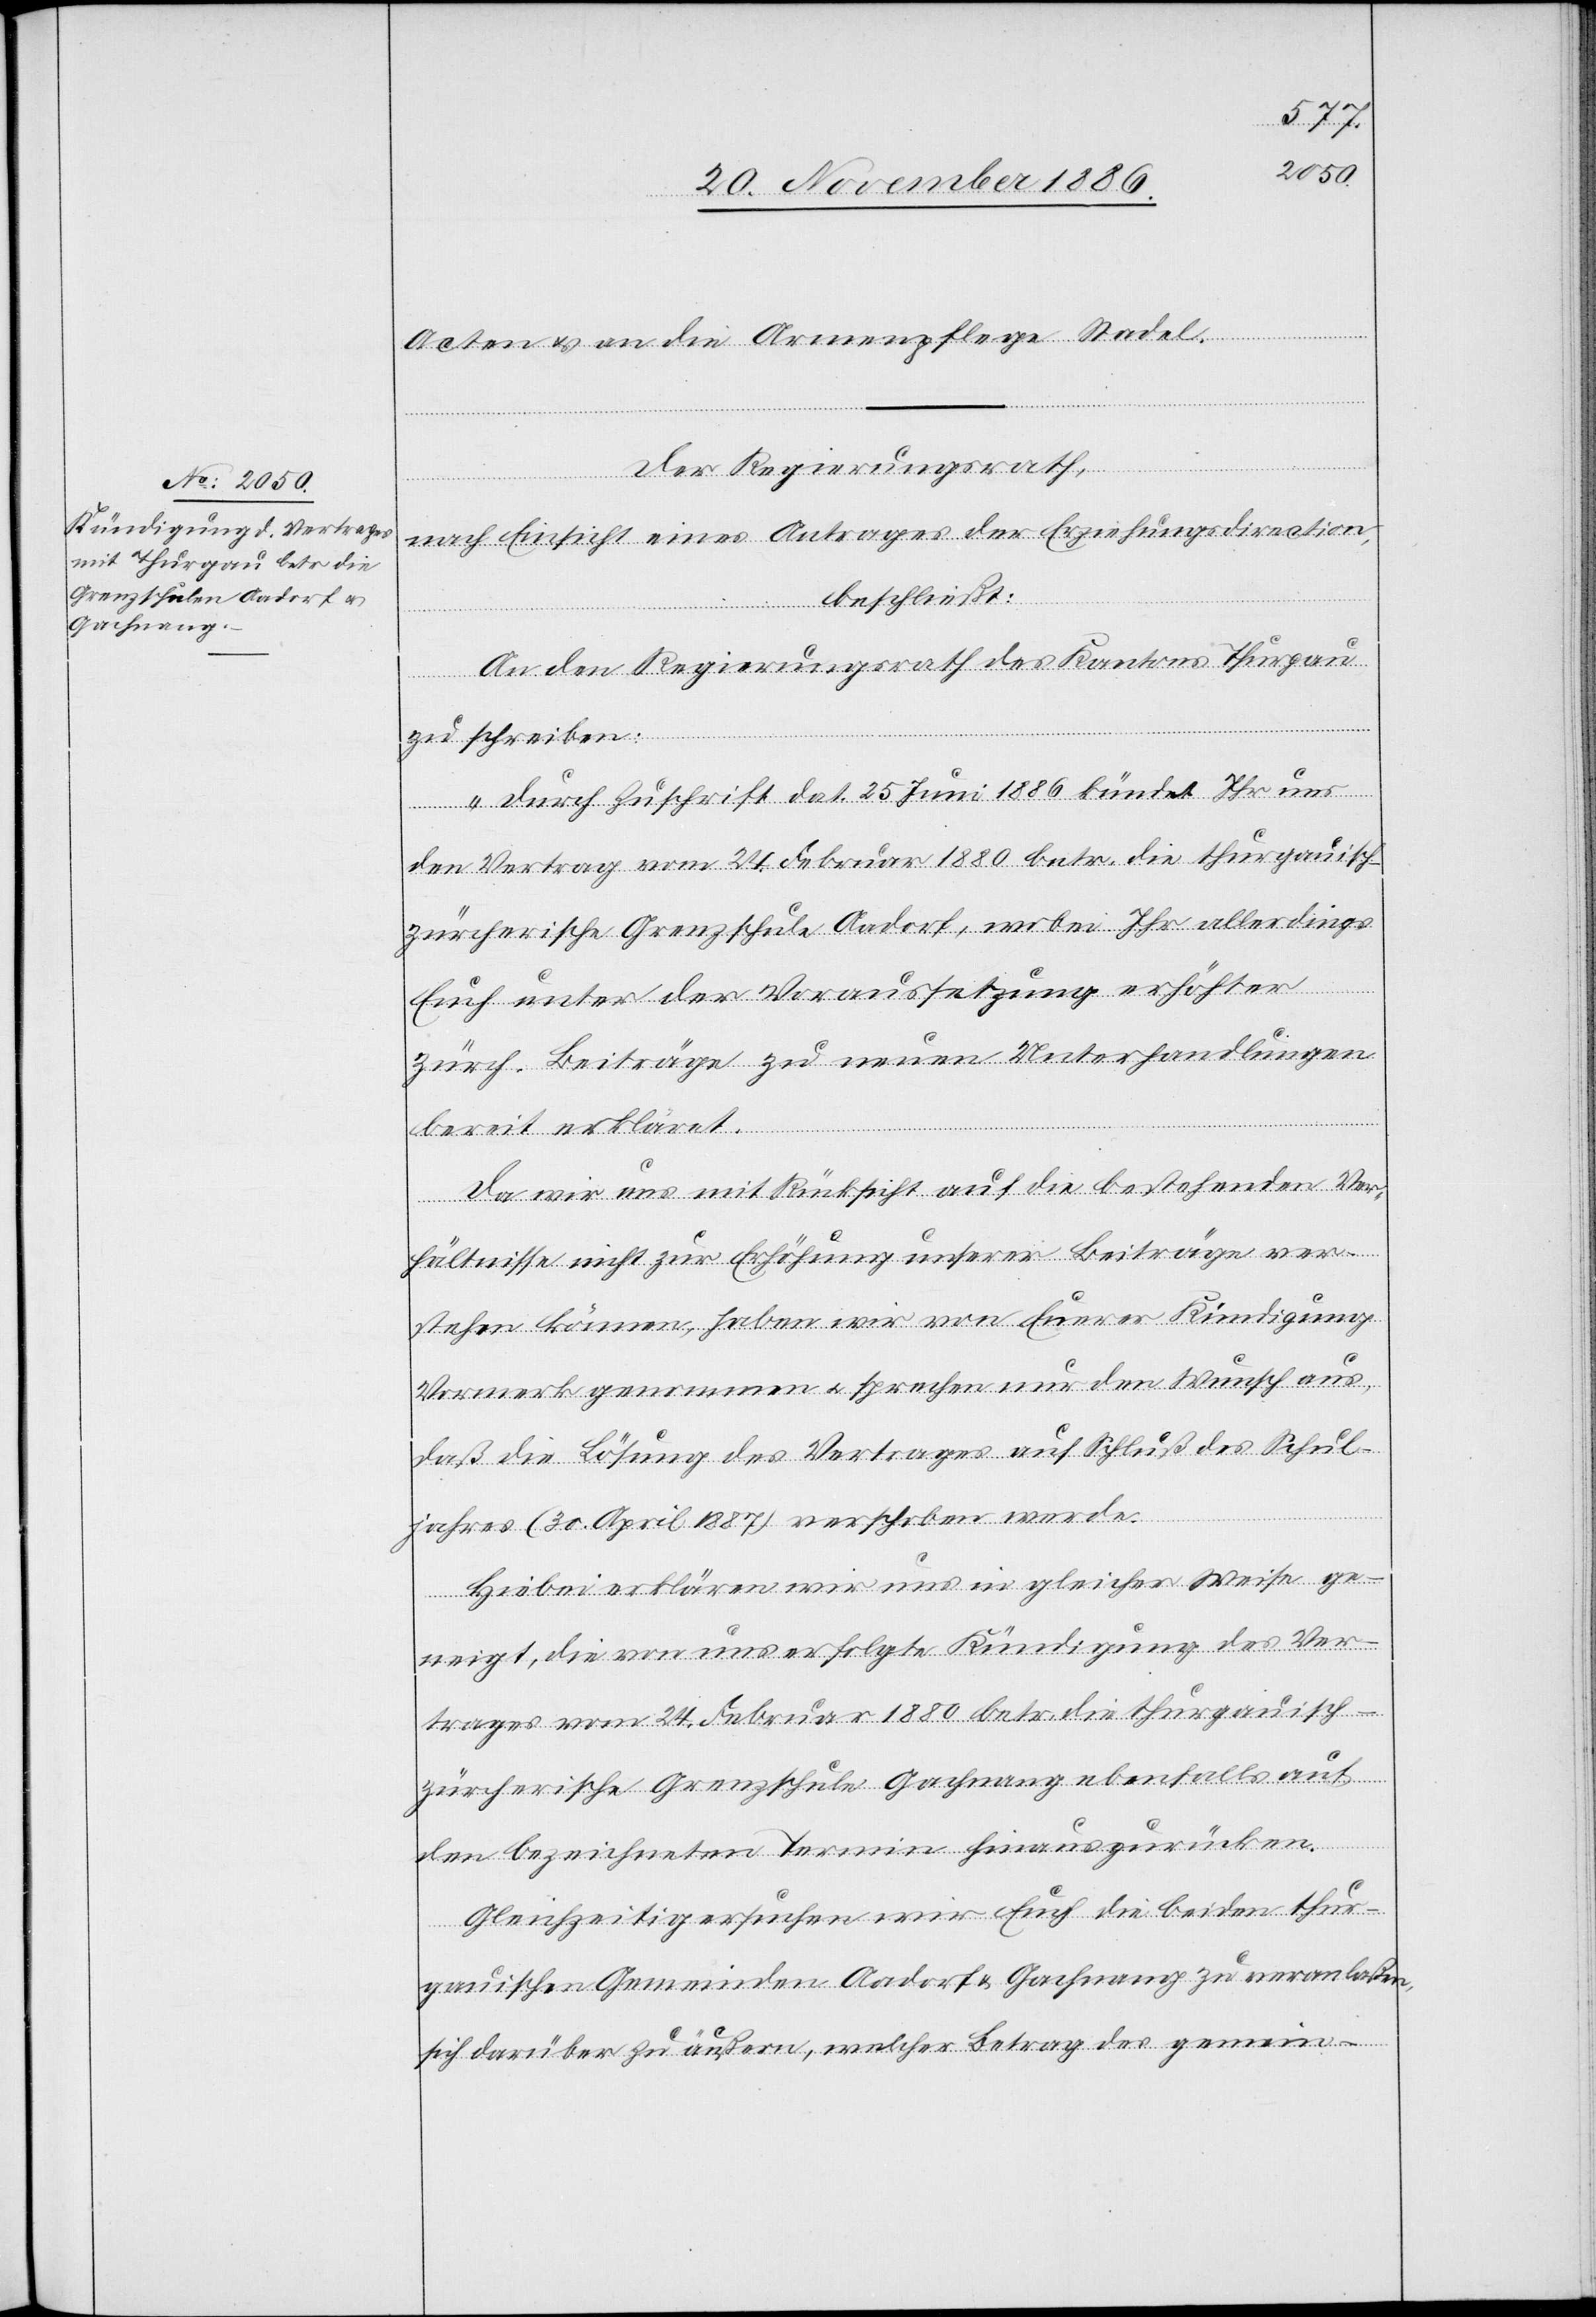
Acten & an die Armenpflege Stadel.
Der Regierungsrath,
nach Einsicht eines Antrages der Erziehungsdirection,
beschließt:
An den Regierungsrath des Kantons Thurgau
zu schreiben:
„Durch Zuschrift dat. 25. Juni 1886 kündet Ihr uns
den Vertrag vom 24. Februar 1880 betr. die thurgauisc¬
h-zürcherische Grenzschule Aadorf, wobei Ihr allerdings
Euch unter der Voraussetzung erhöhter
zürch. Beiträge zu neuen Unterhandlungen
bereit erkläret.
Da wir uns mit Rücksicht auf die bestehenden Ver¬
hältnisse nicht zur Erhöhung unserer Beiträge ver¬
stehen können, haben wir von Euerer Kündigung
Vormerk genommen & sprechen nur den Wunsch aus,
daß die Lösung des Vertrages auf Schluß des Schul¬
jahres (30. April 1887) verschoben werde.
Hiebei erklären wir uns in gleicher Weise ge¬
neigt, die von uns erfolgte Kündigung des Ver¬
trages vom 24. Februar 1880 betr. die thurgauisc¬
h-zürcherische Grenzschule Gachnang ebenfalls auf
den bezeichneten Termin hinauszurücken.
Gleichzeitig ersuchen wir Euch die beiden thur¬
gauischen Gemeinden Aadorf & Gachnang zu veranlaßen,
sich darüber zu äußern, welcher Betrag des gemein-